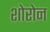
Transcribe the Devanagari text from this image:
शोरोन